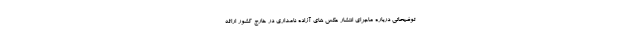
توضیحاتی درباره ماجرای انتشار عکس های آزاده نامداری در خارج کشور ارائه